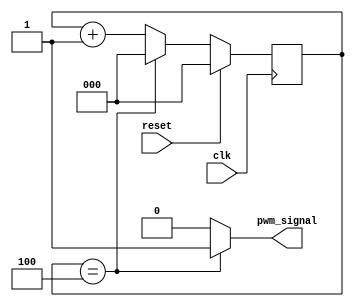
module pwm(
	input	clk,
	input	reset,
	output 	wire	pwm_signal
);
reg [2:0]n;

assign	pwm_signal = (n == 4) ? 1 : 0;

always @(posedge clk)
begin
	n <= (reset) ? 0 : (n == 4) ? 0 : n + 1;
end
endmodule